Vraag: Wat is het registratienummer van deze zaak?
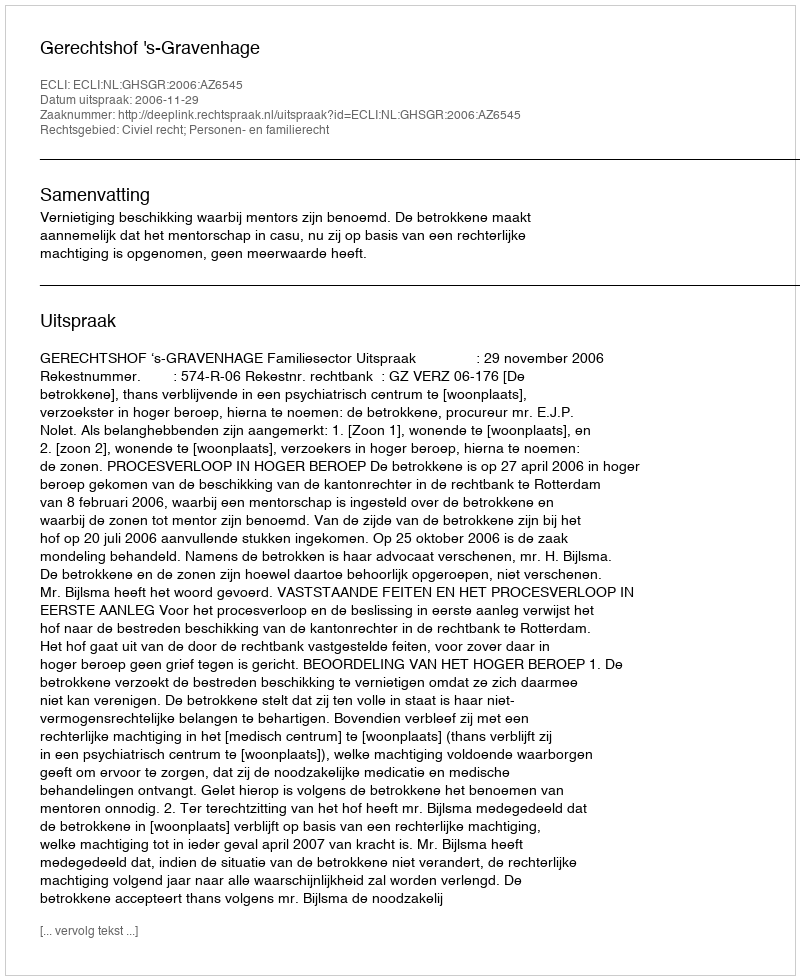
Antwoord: http://deeplink.rechtspraak.nl/uitspraak?id=ECLI:NL:GHSGR:2006:AZ6545